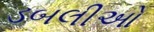
ડબલીઓ